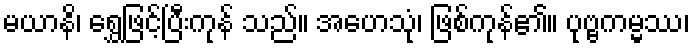
မယာနိ၊ ရွှေဖြင့်ပြီးကုန် သည်။ အဟေသုံ၊ ဖြစ်ကုန်၏။ ပုဗ္ဗကမ္မဿ၊